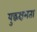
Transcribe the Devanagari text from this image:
युद्धक्षमता